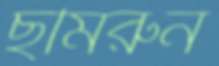
ছমিরুন